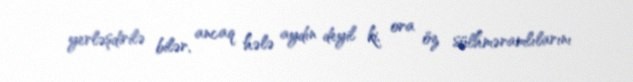
yerləşdirilə bilər, ancaq hələ aydın deyil ki, ora öz sülhməramlılarını